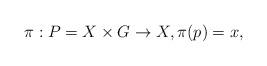
LaTeX: \begin{align*}\pi:P=X\times G\rightarrow X,\pi(p)=x,\end{align*}